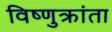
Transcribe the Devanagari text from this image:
विष्णुक्रांता